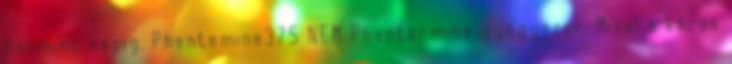
harminc napig. Phentemine375 NEM Phentermine gyógyszer. Mivel a káros